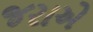
જરાએ